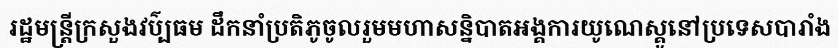
រដ្ឋមន្ត្រីក្រសួងវប៌្បធម ដឹកនាំប្រតិភូចូលរួមមហាសន្និបាតអង្គការយូណេស្គូនៅប្រទេសបារាំង